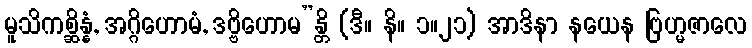
မူသိကစ္ဆိန္နံ, အဂ္ဂိဟောမံ, ဒဗ္ဗိဟောမ”န္တိ (ဒီ။ နိ။ ၁။၂၁) အာဒိနာ နယေန ဗြဟ္မဇာလေ